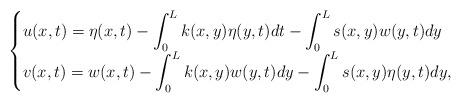
LaTeX: \begin{align*}\begin{cases}u(x,t) = \eta(x,t)- \displaystyle\int^L_0k(x,y)\eta(y,t)dt-\int_0^Ls(x,y) w(y,t)dy \\ v(x,t) = w(x,t)-\displaystyle\int^L_0k(x,y)w(y,t)dy - \int^L_0s(x,y)\eta(y,t)dy,\end{cases}\end{align*}